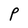
Character: P